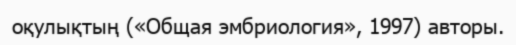
оқулықтың («Общая эмбриология», 1997) авторы.